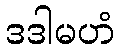
ဒဒါမဟံ